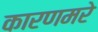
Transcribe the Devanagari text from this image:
कारणमरे